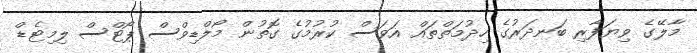
މާލޭގެ ވިޔަފާރި ބަނދަރުގެ ހިދުމަތްތައް އަވަސް ކުރުމުގެ ގޮތުން މޯލްޑިވްސް ޕޯޓްސް ލިމިޓެޑް